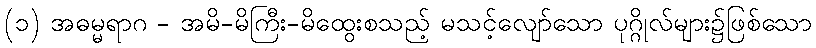
(၁) အဓမ္မရာဂ - အမိ-မိကြီး-မိထွေးစသည့် မသင့်လျော်သော ပုဂ္ဂိုလ်များ၌ဖြစ်သော